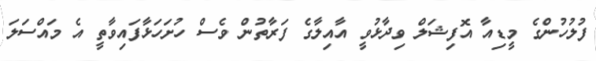
ފުލުހުންގެ މީޑިއާ އޮފިޝަލް ވިދާޅުވީ އާއިލާގެ ފަރާތުން ވެސް ހުށަހަޅާފައިވާތީ އެ މައްސަލަ